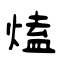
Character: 熆